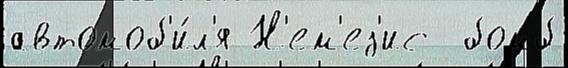
автомоб'и́л'я Н'ем'ез'ис  бомб